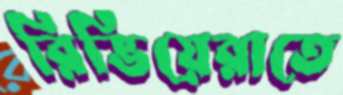
রিভিয়েরাতে